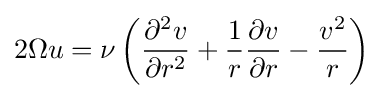
2\Omega u=\nu \left({\frac {\partial ^{2}v}{\partial r^{2}}}+{\frac {1}{r}}{\frac {\partial v}{\partial r}}-{\frac {v^{2}}{r}}\right)